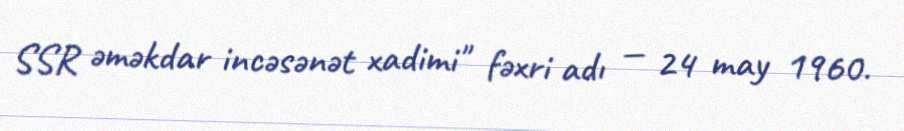
SSR əməkdar incəsənət xadimi" fəxri adı — 24 may 1960.